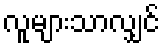
လူများသာလျှင်